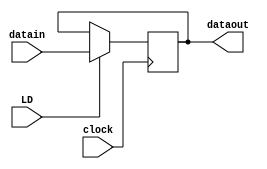
module reg_1 ( //AR,IR,CI,CJ,CK
input clock,
input LD,
input [7:0] datain,
output reg [7:0] dataout
);

always @(negedge clock) 
begin
    if (LD==1)
        dataout<= datain;   
end
endmodule